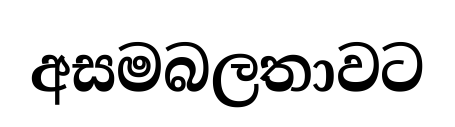
අසමබලතාවට